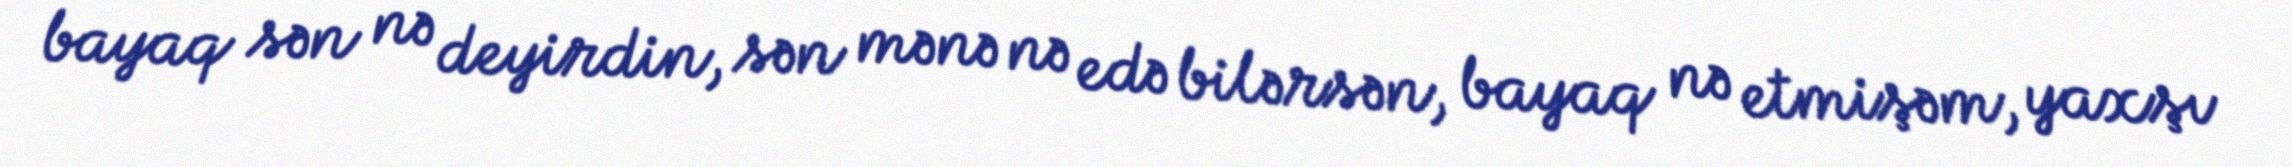
bayaq sən nə deyirdin, sən mənə nə edə bilərsən, bayaq nə etmişəm, yaxşı